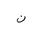
Letter: _non